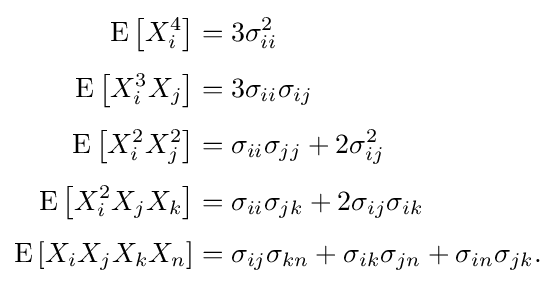
{\begin{aligned}\operatorname {E} \left[X_{i}^{4}\right]&=3\sigma _{ii}^{2}\\[4pt]\operatorname {E} \left[X_{i}^{3}X_{j}\right]&=3\sigma _{ii}\sigma _{ij}\\[4pt]\operatorname {E} \left[X_{i}^{2}X_{j}^{2}\right]&=\sigma _{ii}\sigma _{jj}+2\sigma _{ij}^{2}\\[4pt]\operatorname {E} \left[X_{i}^{2}X_{j}X_{k}\right]&=\sigma _{ii}\sigma _{jk}+2\sigma _{ij}\sigma _{ik}\\[4pt]\operatorname {E} \left[X_{i}X_{j}X_{k}X_{n}\right]&=\sigma _{ij}\sigma _{kn}+\sigma _{ik}\sigma _{jn}+\sigma _{in}\sigma _{jk}.\end{aligned}}